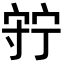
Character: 𡨹